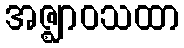
အဇ္ဈာဝသထာ